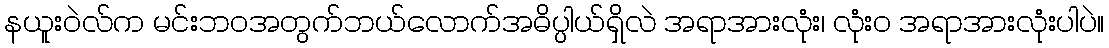
နယူးဝဲလ်က မင်းဘဝအတွက်ဘယ်လောက်အဓိပ္ပါယ်ရှိလဲ အရာအားလုံး၊ လုံး၀ အရာအားလုံးပါပဲ။